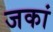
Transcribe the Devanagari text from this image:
जकां